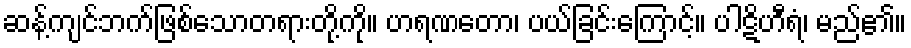
ဆန့်ကျင်ဘက်ဖြစ်သောတရားတို့ကို။ ဟရဏတော၊ ပယ်ခြင်းကြောင့်။ ပါဋိဟီရံ၊ မည်၏။